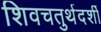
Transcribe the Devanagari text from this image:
शिवचतुर्थदर्शी